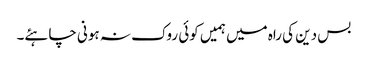
بس دین کی راہ میں ہمیں کوئی روک نہ ہونی چاہئے۔